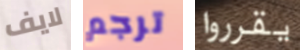
لايف ترجم يقرروا